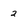
Character: 2